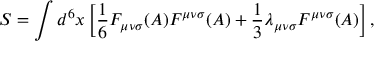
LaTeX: S = \int d ^ { 6 } x \left[ { \frac 1 6 } F _ { { \mu } { \nu } { \sigma } } ( A ) F ^ { { \mu } { \nu } { \sigma } } ( A ) + { \frac 1 3 } { \lambda } _ { { \mu } { \nu } { \sigma } } { \cal F } ^ { { \mu } { \nu } { \sigma } } ( A ) \right] ,